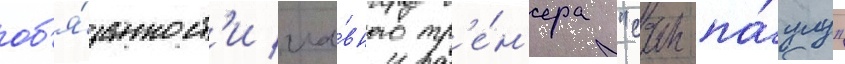
об'я́занност'и гла́вного тр'е́н'ера "сан-па́улу"